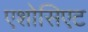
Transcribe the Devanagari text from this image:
एशोसिएट